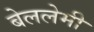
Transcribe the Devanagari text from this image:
बेललेमी